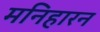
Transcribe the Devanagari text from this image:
मनिहारन